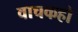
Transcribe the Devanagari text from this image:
वाचकहो